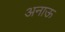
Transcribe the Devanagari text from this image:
अनाऊ